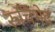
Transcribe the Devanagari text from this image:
रुचिभेद